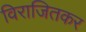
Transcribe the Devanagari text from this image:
विराजितकर